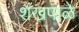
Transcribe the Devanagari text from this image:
शंखपाळे